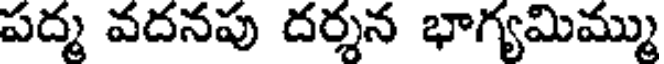
పద్మ వదనపు దర్శన భాగ్యమిమ్ము